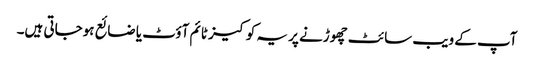
آپ کے ویب سائٹ چھوڑنے پر یہ کوکیز ٹائم آؤٹ یا ضائع ہوجاتی ہیں۔